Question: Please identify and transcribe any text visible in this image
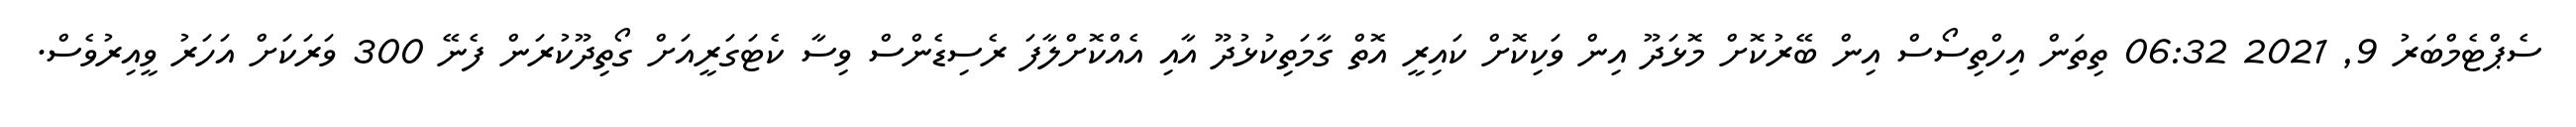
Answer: ސެޕްޓެމްބަރު 9, 2021 06:32 ތިތަން އިހްތިސޯސް އިން ބޭރުކޮށް މޮޅަދޫ އިން ވަކިކޮށް ކައިރީ އޮތް ގާމަތިކުޅުދޫ އާއި އެއްކޮށްލާފަ ރެސިޑެންސް ވިސާ ކެޓަގަރީއަށް ގޯތިދޫކުރަން ފެނޭ 300 ވަރަކަށް އަހަރު ވީއިރުވެސް.